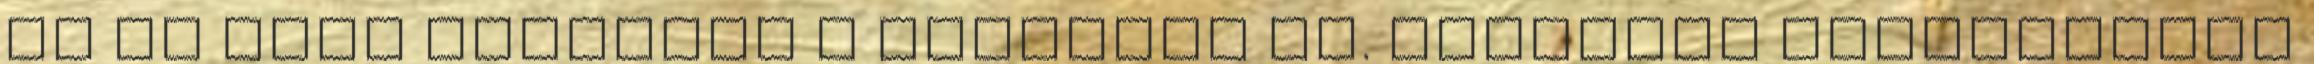
át az első szakaszt a Budapest XV. kerületi Rákospalota